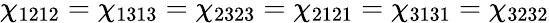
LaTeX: \chi_{1212}=\chi_{1313}=\chi_{2323}=\chi_{2121}=\chi_{3131}=\chi_{3232}